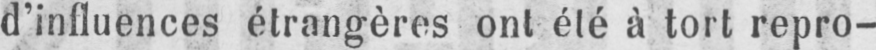
d’influences étrangères ont été à tort repro-